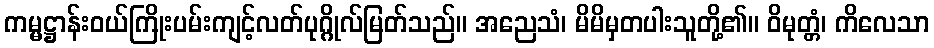
ကမ္မဋ္ဌာန်းဝယ်ကြိုးပမ်းကျင့်လတ်ပုဂ္ဂိုလ်မြတ်သည်။ အညေသံ၊ မိမိမှတပါးသူတို့၏။ ဝိမုတ္တံ၊ ကိလေသာ